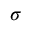
\textstyle { \boldsymbol { \sigma } }